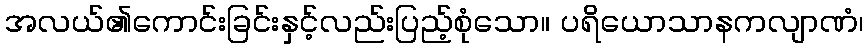
အလယ်၏ကောင်းခြင်းနှင့်လည်းပြည့်စုံသော။ ပရိယောသာနကလျာဏံ၊